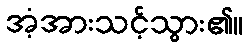
အံ့အားသင့်သွား၏။